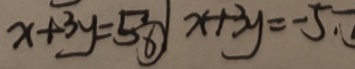
x + 3 y = 5 \textcircled { 6 } x + 3 y = - 5